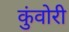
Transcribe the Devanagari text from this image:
कुंवोरी